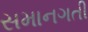
સમાનગતી